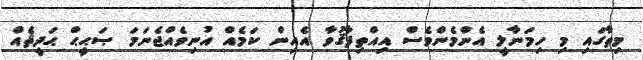
މިތާގައި މި ހިމަނާލީ އެންމެންވެސް އިއްތިފާޤުވާ އެއިން ކަމެއް އުނިވެއްޖެނަމަ ޞަޙީޙް ޙަދީޘެއް